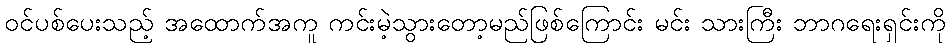
ဝင်ပစ်ပေးသည့် အထောက်အကူ ကင်းမဲ့သွားတော့မည်ဖြစ်ကြောင်း မင်း သားကြီး ဘာဂရေးရှင်းကို